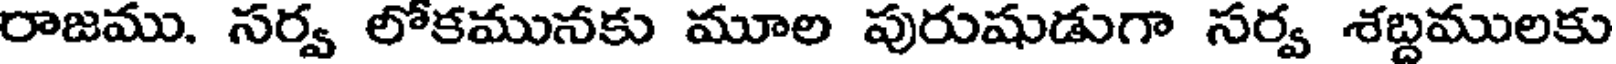
రాజము. సర్వ లోకమునకు మూల పురుషుడుగా సర్వ శబ్దములకు